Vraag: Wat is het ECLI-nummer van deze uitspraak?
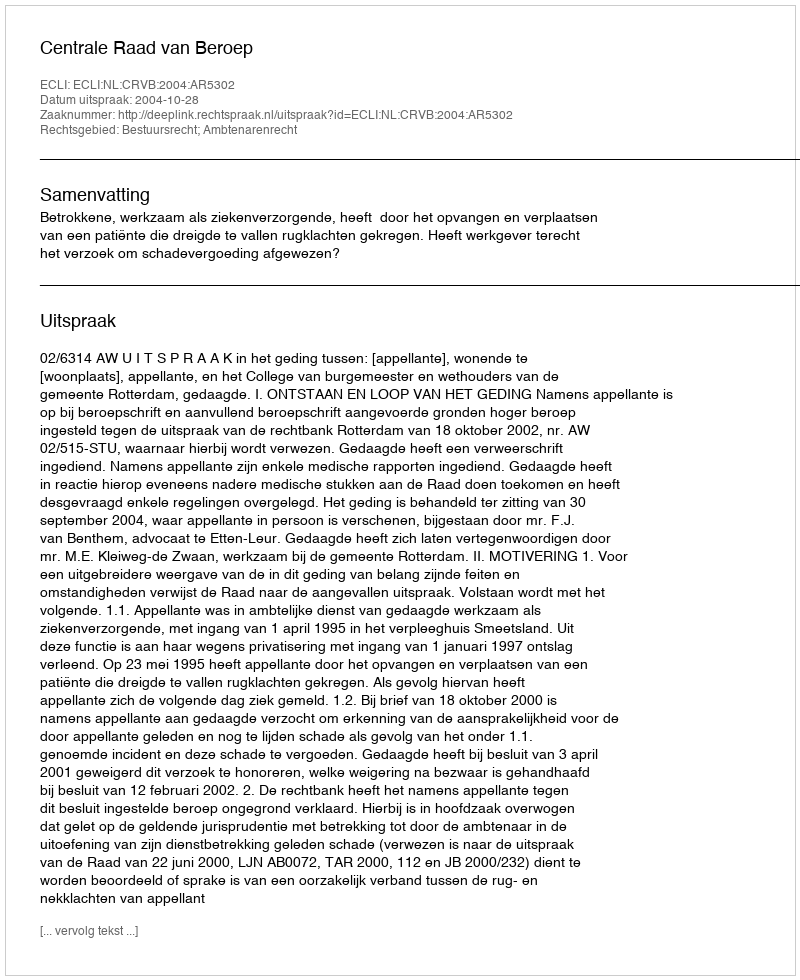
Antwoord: ECLI:NL:CRVB:2004:AR5302